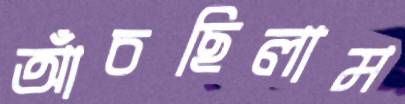
আঁচছিলাম